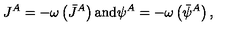
J ^ { A } = - \omega \left( \bar { J } ^ { A } \right) \mathrm { a n d } \psi ^ { A } = - \omega \left( \bar { \psi } ^ { A } \right) ,